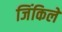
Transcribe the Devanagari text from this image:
जिंकिले